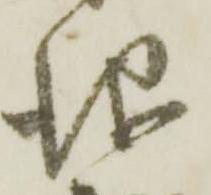
儀